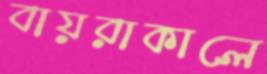
বায়রাকালে